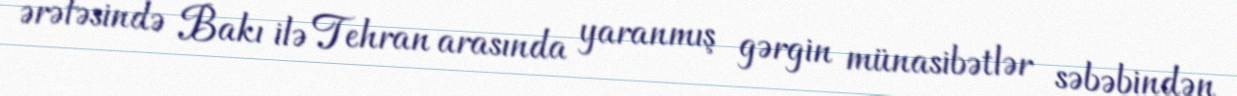
ərəfəsində Bakı ilə Tehran arasında yaranmış gərgin münasibətlər səbəbindən